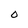
Character: 0